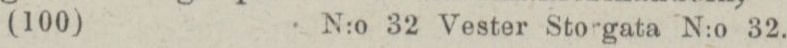
(100)    N:o 32 Vester Storgata N:o 32.